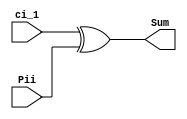
module SumGen(
		input ci_1,
		input Pii,
		output Sum
    );

xor #0.1 (Sum,ci_1,Pii);

endmodule